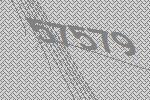
57579